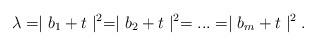
LaTeX: \begin{align*}\lambda=\mid b_{1}+t\mid^{2}=\mid b_{2}+t\mid^{2}=...=\mid b_{m}+t\mid^{2}.\end{align*}